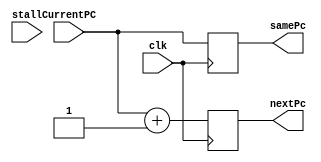
module PC (
    input [31:0] CurrentPC,
    input stall, clk,
    output reg [31:0] samePc,nextPc
);

  always @(posedge clk) begin
		#1
    samePc = CurrentPC;
    nextPc = CurrentPC + 1'b1;
  end

endmodule